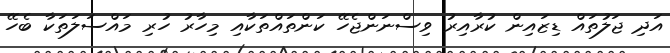
އަދި ޖަލުތައް ޑިޒައިން ކުރާއިރު ވިސްނަންޖެހޭ ކަންތައްތަކާއި މިހާރު ހުރި މައްސަލަތަކާ ބެހޭ